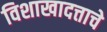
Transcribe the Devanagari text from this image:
विशाखादत्ताचे